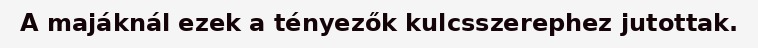
A majáknál ezek a tényezők kulcsszerephez jutottak.